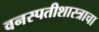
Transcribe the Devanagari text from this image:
वनस्पतीशास्त्राचा